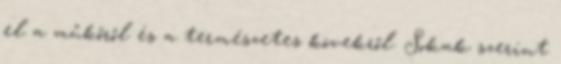
el a műkőről és a természetes kövekről. Sokak szerint